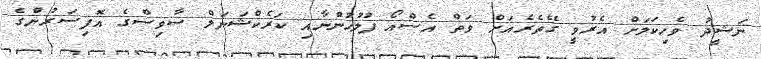
ނަޝީދު ވެހިކަލަށް އެރުވީ ގޭތެރެއަށް ވަތް އެސްއޯ ފުލުހުންނާއި ކަރެކްޝަނަލް ސާވިސްގެ އޮފިސަރުންގެ